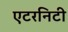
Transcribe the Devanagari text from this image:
एटरनिटी